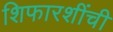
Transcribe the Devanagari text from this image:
शिफारशींची